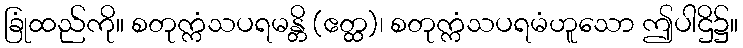
ခြုံထည်ကို။ စတုက္ကံသပရမန္တိ (ဧတ္ထ)၊ စတုက္ကံသပရမံဟူသော ဤပါဌိ၌။